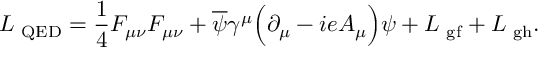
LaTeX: { \cal L } _ { \mathrm { \scriptsize ~ Q E D } } = \frac { 1 } { 4 } F _ { \mu \nu } F _ { \mu \nu } + \overline { { { \psi } } } \gamma ^ { \mu } \Big ( \partial _ { \mu } - i e A _ { \mu } \Big ) \psi + { \cal L } _ { \mathrm { \footnotesize ~ g f } } + { \cal L } _ { \mathrm { \footnotesize ~ g h } } .